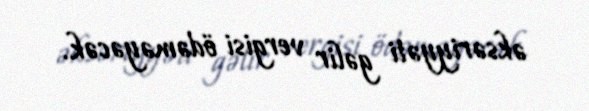
əksəriyyəti gəlir vergisi ödəməyəcək.